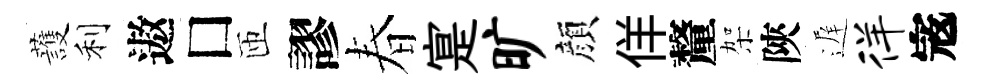
䕶利遨□匝謬春寔旷顔佯釐架陝遅徉𡨥